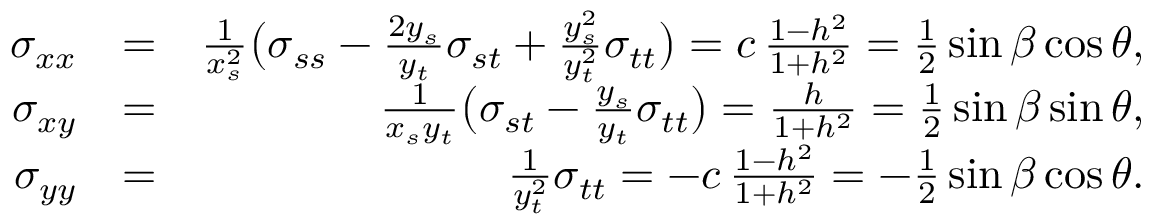
\begin{array} { r l r } { \sigma _ { x x } } & { = } & { \frac { 1 } { x _ { s } ^ { 2 } } \big ( \sigma _ { s s } - \frac { 2 y _ { s } } { y _ { t } } \sigma _ { s t } + \frac { y _ { s } ^ { 2 } } { y _ { t } ^ { 2 } } \sigma _ { t t } \big ) = c \, \frac { 1 - h ^ { 2 } } { 1 + h ^ { 2 } } = \frac 1 2 \sin \beta \cos \theta , } \\ { \sigma _ { x y } } & { = } & { \frac { 1 } { x _ { s } y _ { t } } \big ( \sigma _ { s t } - \frac { y _ { s } } { y _ { t } } \sigma _ { t t } \big ) = \frac { h } { 1 + h ^ { 2 } } = \frac { 1 } { 2 } \sin \beta \sin \theta , } \\ { \sigma _ { y y } } & { = } & { \frac { 1 } { y _ { t } ^ { 2 } } \sigma _ { t t } = - c \, \frac { 1 - h ^ { 2 } } { 1 + h ^ { 2 } } = - \frac { 1 } { 2 } \sin \beta \cos \theta . } \end{array}